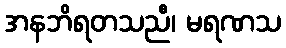
အနဘိရတသညီ၊ မရဏသ